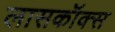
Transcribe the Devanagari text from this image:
लासकॉक्स